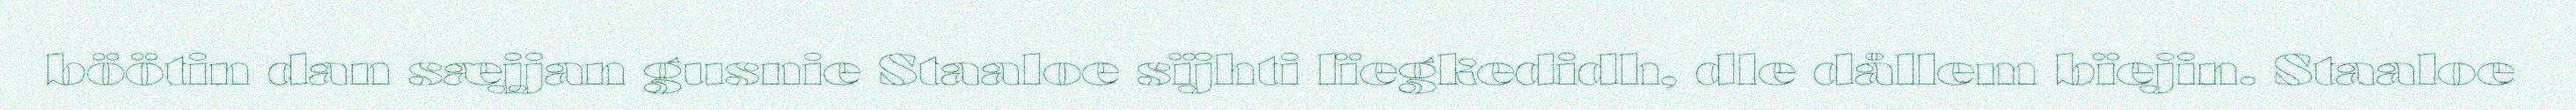
böötin dan sæjjan gusnie Staaloe sïjhti lïegkedidh, dle dållem bïejin. Staaloe